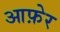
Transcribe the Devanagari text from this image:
आफ़ेर